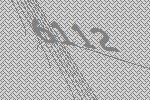
6112